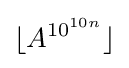
\lfloor A^{10^{10n}}\rfloor